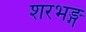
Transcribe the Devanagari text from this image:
शरभङ्ग